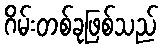
ဂိမ်းတစ်ခုဖြစ်သည်